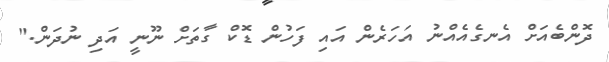
ދޮންބެއަށް އެނގެއެއްނު އަހަރެން އައި ފަހުން ޑޮކް ގާތަށް ނޫނީ އަދި ނުދަން."